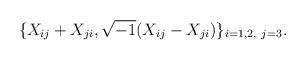
LaTeX: \begin{align*}\{X_{ij}+X_{ji}, \sqrt{-1}(X_{ij}-X_{ji})\}_{i=1,2,~j=3}.\end{align*}